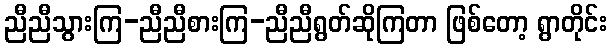
ညီညီသွားကြ-ညီညီစားကြ-ညီညီရွတ်ဆိုကြတာ ဖြစ်တော့ ရွာတိုင်း